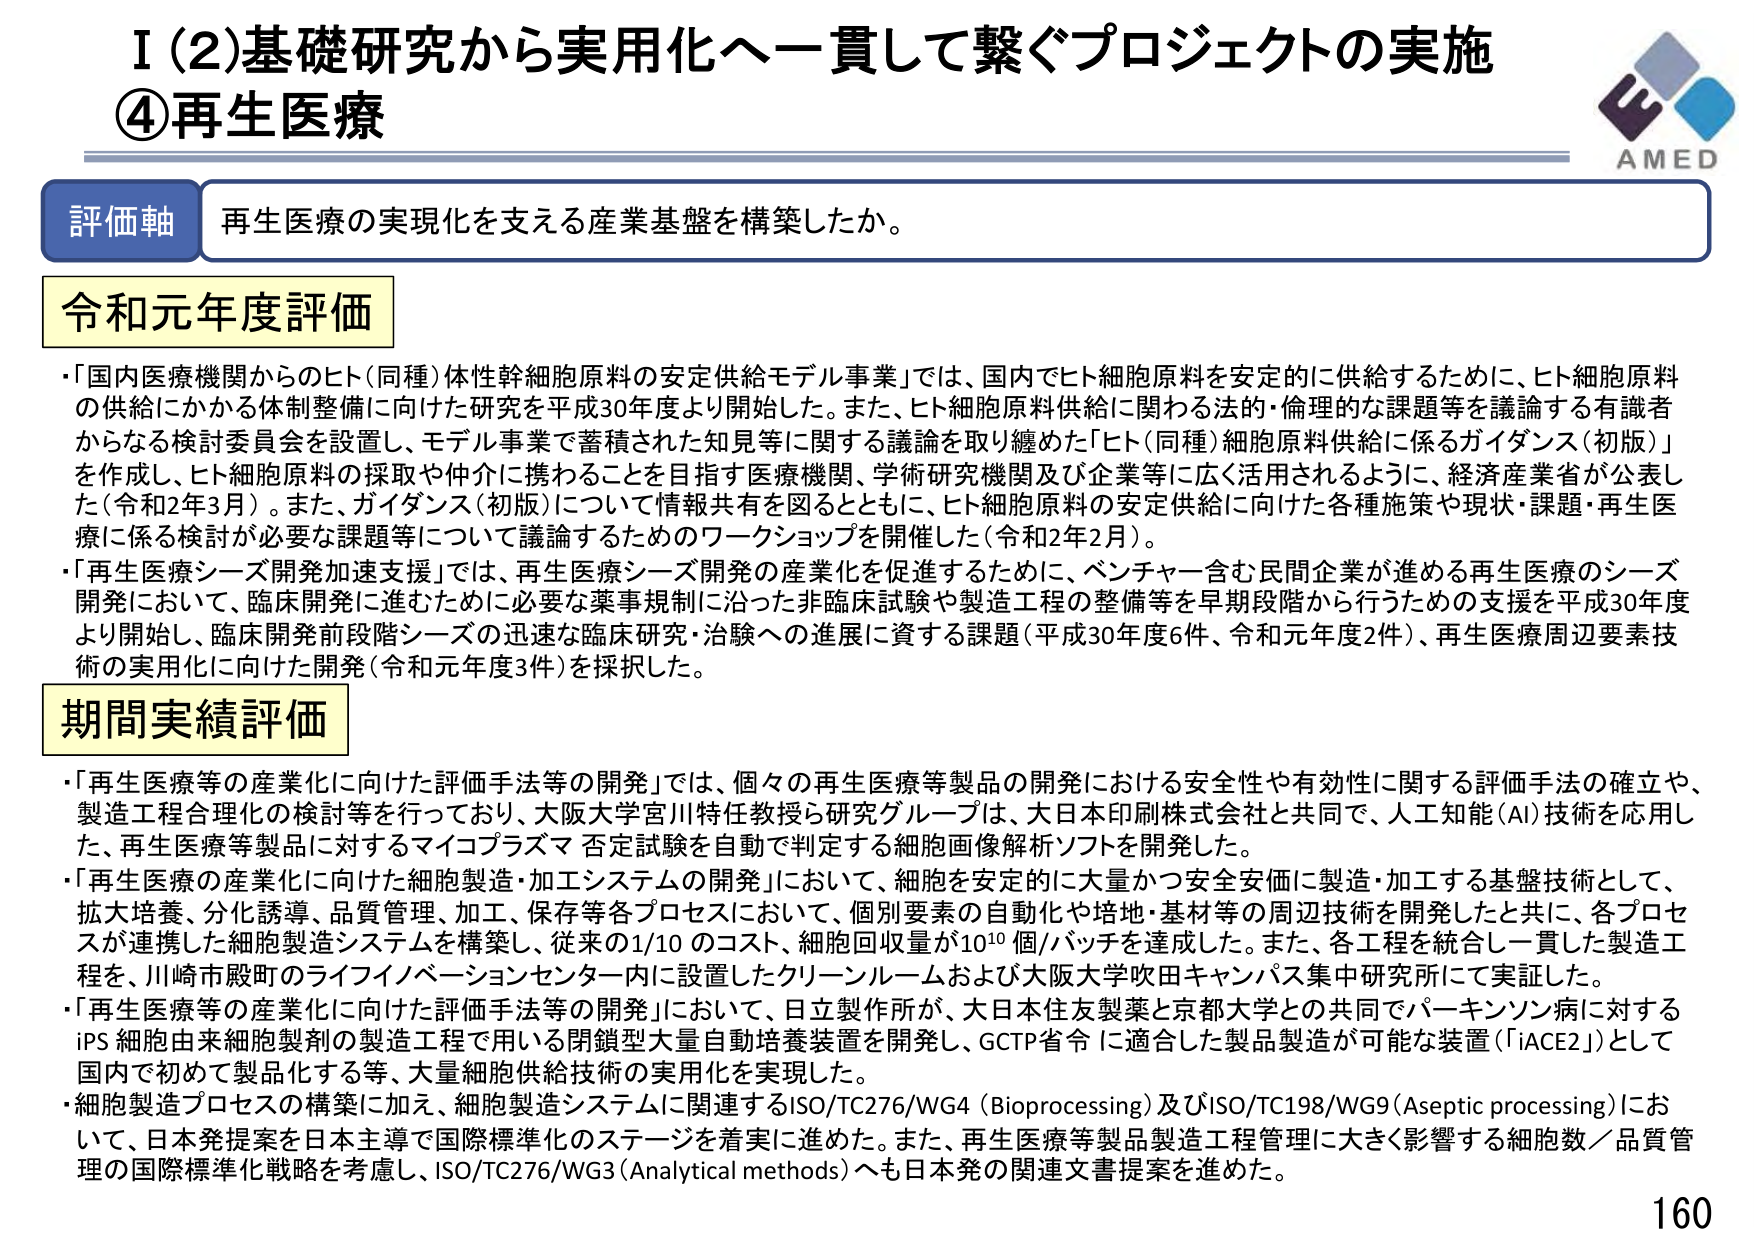
I（2）基礎研究から実用化へ一貫して繋ぐプロジェクトの実施
④再生医療

評価軸 再生医療の実現化を支える産業基盤を構築したか。

令和元年度評価
・「国内医療機関からのヒト（同種）体性幹細胞原料の安定供給モデル事業」では、国内でヒト細胞原料を安定的に供給するために、ヒト細胞原料の供給にかかる体制整備に向けた研究を平成30年度より開始した。また、ヒト細胞原料供給に関わる法的・倫理的な課題等を議論する有識者からなる検討委員会を設置し、モデル事業で蓄積された知見等に関する議論を取り纏めた「ヒト（同種）細胞原料供給に係るガイダンス（初版）」を作成し、ヒト細胞原料の採取や仲介に携わることを目指す医療機関、学術研究機関及び企業等に広く活用されるように、経済産業省が公表した（令和2年3月）。また、ガイダンス（初版）について情報共有を図るとともに、ヒト細胞原料の安定供給に向けた各種施策や現状・課題・再生医療に係る検討が必要な課題等について議論するためのワークショップを開催した（令和2年2月）。
・「再生医療シーズ開発加速支援」では、再生医療シーズ開発の産業化を促進するために、ベンチャー含む民間企業が進める再生医療のシーズ開発において、臨床開発に進むために必要な薬事規制に沿った非臨床試験や製造工程の整備等を早期段階から行うための支援を平成30年度より開始し、臨床開発前段階シーズの迅速な臨床研究・治験への進展に資する課題（平成30年度6件、令和元年度2件）、再生医療周辺要素技術の実用化に向けた開発（令和元年度3件）を採択した。

期間実績評価
・「再生医療等の産業化に向けた評価手法等の開発」では、個々の再生医療等製品の開発における安全性や有効性に関する評価手法の確立や、製造工程合理化の検討等を行っており、大阪大学宮川特任教授ら研究グループは、大日本印刷株式会社と共同で、人工知能（AI）技術を応用した、再生医療等製品に対するマイコプラズマ否定試験を自動で判定する細胞画像解析ソフトを開発した。
・「再生医療の産業化に向けた細胞製造・加工システムの開発」において、細胞を安定的に大量かつ安全安価に製造・加工する基盤技術として、拡大培養、分化誘導、品質管理、加工、保存等各プロセスにおいて、個別要素の自動化や培地・基材等の周辺技術を開発したと共に、各プロセスが連携した細胞製造システムを構築し、従来の1/10のコスト、細胞回収量が10¹⁰個/バッチを達成した。また、各工程を統合し一貫した製造工程を、川崎市殿町のライフイノベーションセンター内に設置したクリーンルームおよび大阪大学吹田キャンパス集中研究所にて実証した。
・「再生医療等の産業化に向けた評価手法等の開発」において、日立製作所が、大日本住友製薬と京都大学との共同でパーキンソン病に対するiPS細胞由来細胞製剤の製造工程で用いる閉鎖型大量自動培養装置を開発し、GCTP省令に適合した製品製造が可能な装置（「iACE2」）として国内で初めて製品化する等、大量細胞供給技術の実用化を実現した。
・細胞製造プロセスの構築に加え、細胞製造システムに関連するISO/TC276/WG4（Bioprocessing）及びISO/TC198/WG9（Aseptic processing）において、日本発提案を日本主導で国際標準化のステージを着実に進めた。また、再生医療等製品製造工程管理に大きく影響する細胞数／品質管理の国際標準化戦略を考慮し、ISO/TC276/WG3（Analytical methods）へも日本発の関連文書提案を進めた。

AMED
160